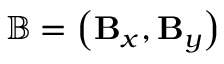
\mathbb { B } = \left( \mathbf { B } _ { x } , \mathbf { B } _ { y } \right)